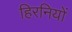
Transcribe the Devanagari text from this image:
हिरनियों